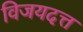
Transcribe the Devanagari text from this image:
विजयदत्त